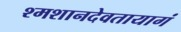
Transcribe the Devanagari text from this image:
श्मशानदेवतायागं